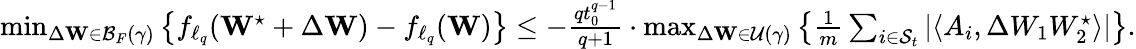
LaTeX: \begin{array}{r}{\operatorname*{min}_{\Delta\mathbf{W}\in\mathcal{B}_{F}(\gamma)}\left\{ f_{\ell_{q}}(\mathbf{W}^{\star}+\Delta\mathbf{W})-f_{\ell_{q}}(\mathbf{W})\right\} \leq-\frac{qt_{0}^{q-1}}{q+1}\cdot\operatorname*{max}_{\Delta\mathbf{W}\in\mathcal{U}(\gamma)}\left\{ \frac{1}{m}\sum_{i\in{\mathcal{S}_{t}}}|\langle A_{i},\Delta W_{1}W_{2}^{\star}\rangle|\right\} .}\end{array}